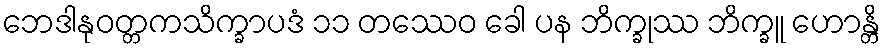
ဘေဒါနုဝတ္တကသိက္ခာပဒံ ၁၁ တဿေဝ ခေါ ပန ဘိက္ခုဿ ဘိက္ခူ ဟောန္တိ